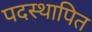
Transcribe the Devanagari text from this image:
पदस्‍थापित